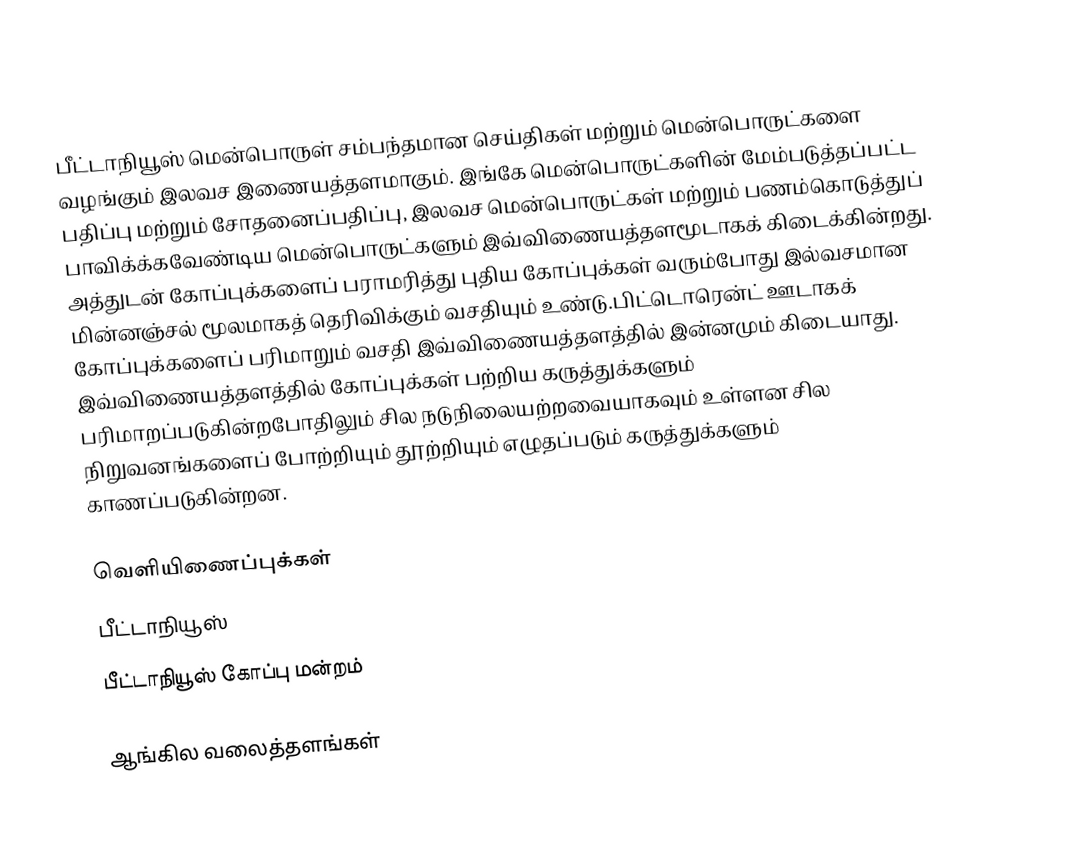
பீட்டாநியூஸ் மென்பொருள் சம்பந்தமான செய்திகள் மற்றும் மென்பொருட்களை வழங்கும் இலவச இணையத்தளமாகும். இங்கே மென்பொருட்களின் மேம்படுத்தப்பட்ட பதிப்பு மற்றும் சோதனைப்பதிப்பு, இலவச மென்பொருட்கள் மற்றும் பணம்கொடுத்துப் பாவிக்க்கவேண்டிய மென்பொருட்களும் இவ்விணையத்தளமூடாகக் கிடைக்கின்றது. அத்துடன் கோப்புக்களைப் பராமரித்து புதிய கோப்புக்கள் வரும்போது இல்வசமான மின்னஞ்சல் மூலமாகத் தெரிவிக்கும் வசதியும் உண்டு.பிட்டொரென்ட் ஊடாகக் கோப்புக்களைப் பரிமாறும் வசதி இவ்விணையத்தளத்தில் இன்னமும் கிடையாது. இவ்விணையத்தளத்தில் கோப்புக்கள் பற்றிய கருத்துக்களும் பரிமாறப்படுகின்றபோதிலும் சில நடுநிலையற்றவையாகவும் உள்ளன சில நிறுவனங்களைப் போற்றியும் தூற்றியும் எழுதப்படும் கருத்துக்களும் காணப்படுகின்றன.

வெளியிணைப்புக்கள்
பீட்டாநியூஸ்
பீட்டாநியூஸ் கோப்பு மன்றம்

ஆங்கில வலைத்தளங்கள்